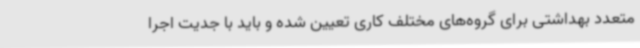
متعدد بهداشتی برای گروه‌های مختلف کاری تعیین شده و باید با جدیت اجرا